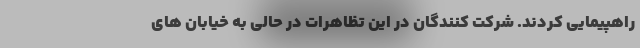
راهپیمایی کردند. شرکت کنندگان در این تظاهرات در حالی به خیابان های